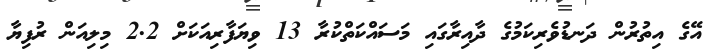
އޭގެ އިތުރުން ދަނޑުވެރިކަމުގެ ދާއިރާގައި މަސައްކަތްކުރާ 13 ވިޔަފާރިއަކަށް 2.2 މިލިއަން ރުފިޔާ